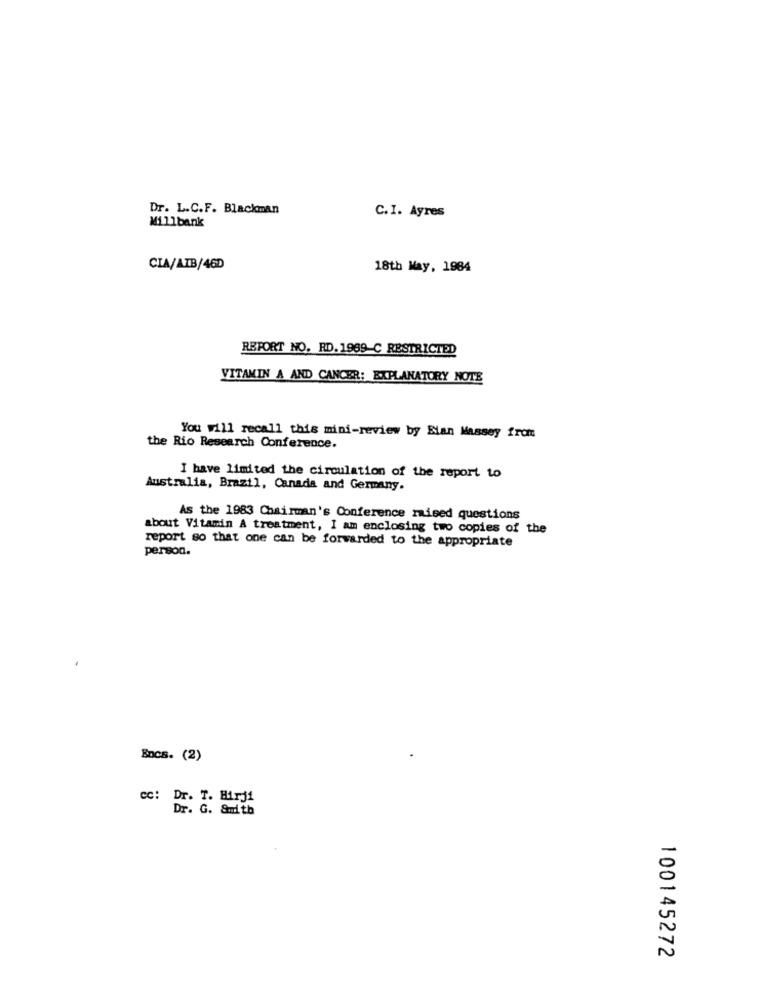
Dr. L.C.F. Blackman
Millbank
C.I. Ayres
CIA/AIB/46D
18th May, 1984
REPORT NO. RD. 1989 C RESTRICTED
VITAMIN A AND CANCER: EXPLANATORY NOTE
You will recall this mini-review by Slan Massey from
the Rio Research Conference.
I have limited the circulation of the report to
Australia, Brazil, Canada and Germany.
As the 1983 Chairman's Conference raised questions
about Vitamin A treatment, I am enclosing two copies of the
report so that one can be forwarded to the appropriate
person.
Bocs. (2)
cc: Dr. T. Hirji
Dr. G. Smith
100145272